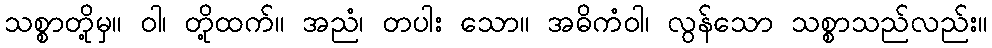
သစ္စာတို့မှ။ ဝါ၊ တို့ထက်။ အညံ၊ တပါး သော။ အဓိကံဝါ၊ လွန်သော သစ္စာသည်လည်း။